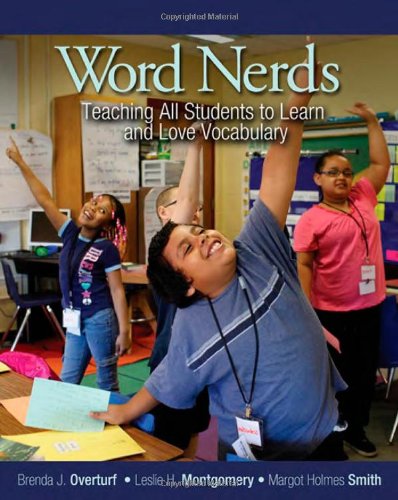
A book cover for Word Nerds: Teaching All Students to Learn and Love Vocabulary; Brenda J Overturf; Education & Teaching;